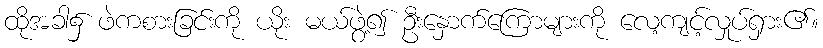
ထိုအခါ၌ ဖဲကစားခြင်းကို ယိုး မယ်ဖွဲ့၍ ဦးနှောက်ကြောများကို လေ့ကျင့်လှုပ်ရှား၏။